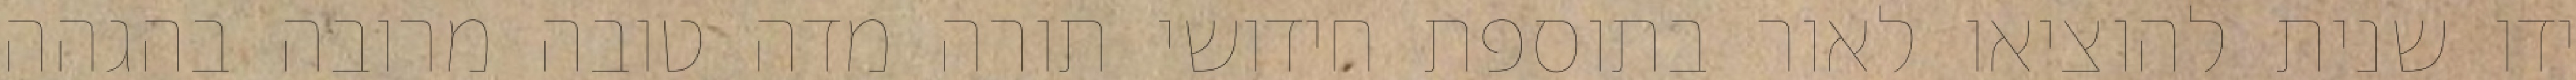
ידו שנית להוציאו לאור בתוספת חידושי תורה מדה טובה מרובה בהגהה